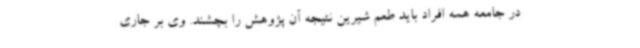
در جامعه همه افراد باید طعم شیرین نتیجه آن پژوهش را بچشند. وی بر جاری